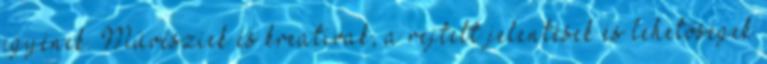
egyének. Művésziek és kreatívak, a rejtett jelentések és lehetőségek